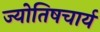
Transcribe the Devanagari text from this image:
ज्योतिषचार्य